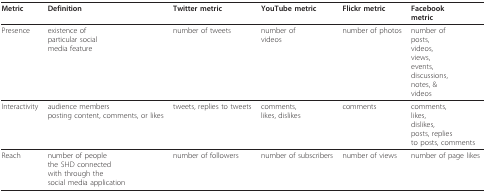
<table><thead><tr><td><b>Metric</b></td><td><b>Definition</b></td><td><b>Twitter metric</b></td><td><b>YouTube metric</b></td><td><b>Flickr metric</b></td><td><b>Facebookmetric</b></td></tr></thead><tbody><tr><td>Presence</td><td>existence ofparticular socialmedia feature</td><td>number of tweets</td><td>number ofvideos</td><td>number of photos</td><td>number ofposts,videos,views,events,discussions,notes, &amp;videos</td></tr><tr><td>Interactivity</td><td>audience membersposting content, comments, or likes</td><td>tweets, replies to tweets</td><td>comments,likes, dislikes</td><td>comments</td><td>comments,likes,dislikes,posts, repliesto posts, comments</td></tr><tr><td>Reach</td><td>number of peoplethe SHD connectedwith through thesocial media application</td><td>number of followers</td><td>number of subscribers</td><td>number of views</td><td>number of page likes</td></tr></tbody></table>